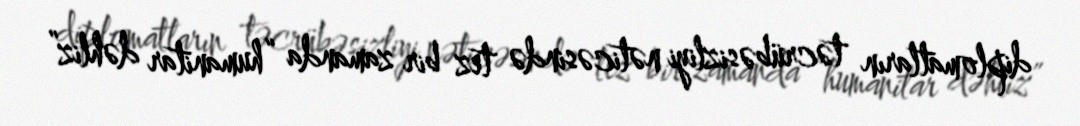
diplomatların təcrübəsizliyi nəticəsində tez bir zamanda “humanitar dəhliz”